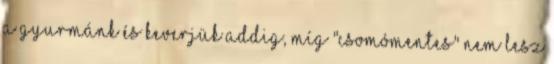
a gyurmánk és keverjük addig, míg "csomómentes" nem lesz